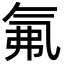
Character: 氟